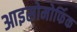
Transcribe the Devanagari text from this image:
आइसोमोर्फिक